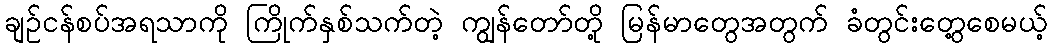
ချဉ်ငန်စပ်အရသာကို ကြိုက်နှစ်သက်တဲ့ ကျွန်တော်တို့ မြန်မာတွေအတွက် ခံတွင်းတွေ့စေမယ့်